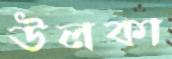
উলকা